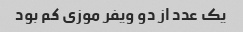
یک عدد از دو ویفر موزی کم بود